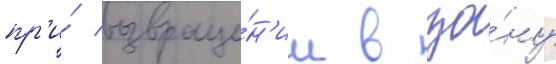
пр'и́ возвраще́н'ии в зо́ну